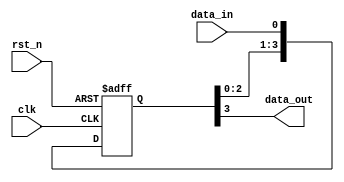
module four_flop_synchronizer (
    input wire clk,
    input wire rst_n,
    input wire data_in,
    output reg data_out
);

reg [3:0] sync_data;

always @ (posedge clk or negedge rst_n) begin
    if (~rst_n) begin
        sync_data <= 4'b0000;
    end else begin
        sync_data <= {sync_data[2:0], data_in};
    end
end

assign data_out = sync_data[3];

endmodule